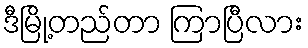
ဒီမြို့တည်တာ ကြာပြီလား